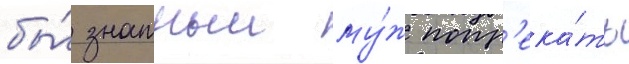
бы́ знатныи му́ж попр'ека́ть